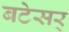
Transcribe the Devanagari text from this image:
बटेसर्